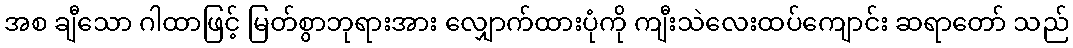
အစ ချီသော ဂါထာဖြင့် မြတ်စွာဘုရားအား လျှောက်ထားပုံကို ကျီးသဲလေးထပ်ကျောင်း ဆရာတော် သည်